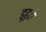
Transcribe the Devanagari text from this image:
ढूढ़ते